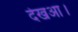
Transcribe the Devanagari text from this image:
देखआ।